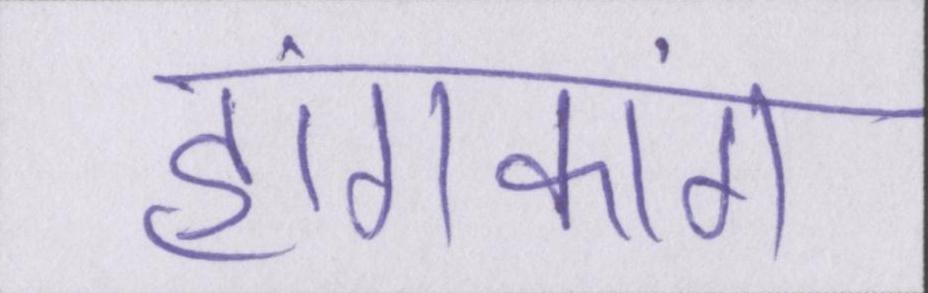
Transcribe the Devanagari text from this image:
हांगकांग